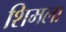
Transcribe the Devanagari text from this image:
शिमला